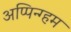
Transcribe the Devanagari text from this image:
अप्पिन्ग्हम